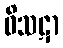
ဝိသဋာ